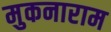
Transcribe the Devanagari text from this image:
मुकनाराम